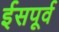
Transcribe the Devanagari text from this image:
ईसपूर्व